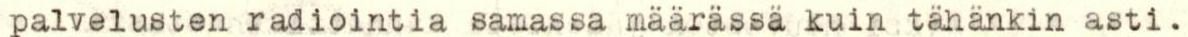
palvelusten radiointia samassa määrässä kuin tähänkin asti.